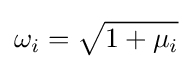
\omega _{i}={\sqrt {1+\mu _{i}}}